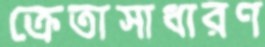
ক্রেতাসাধারণ